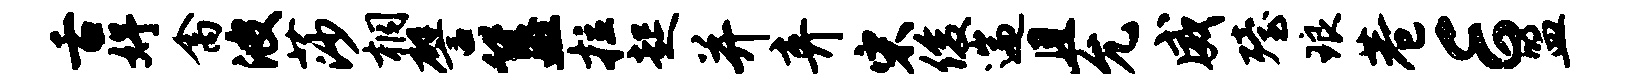
舌妤禽波莎桐譬簋拉起并弃宋俊遄且允威殪琅巷E盟